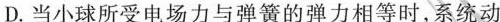
D.当小球所受电场力与弹簧的弹力相等时，系统动